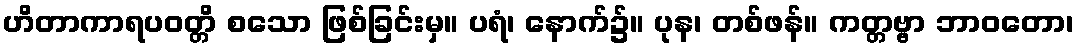
ဟိတာကာရပဝတ္တိ စသော ဖြစ်ခြင်းမှ။ ပရံ၊ နောက်၌။ ပုန၊ တစ်ဖန်။ ကတ္တဗ္ဗာ ဘာဝတော၊